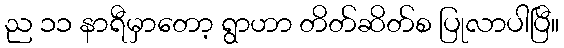
ည ၁၁ နာရီမှာတော့ ရွာဟာ တိတ်ဆိတ်စ ပြုလာပါပြီ။